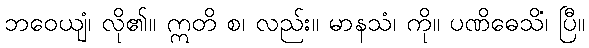
ဘဝေယျံ၊ လို၏။ ဣတိ စ၊ လည်း။ မာနသံ၊ ကို။ ပဏိဓေသိံ၊ ပြီ။